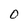
Character: 0